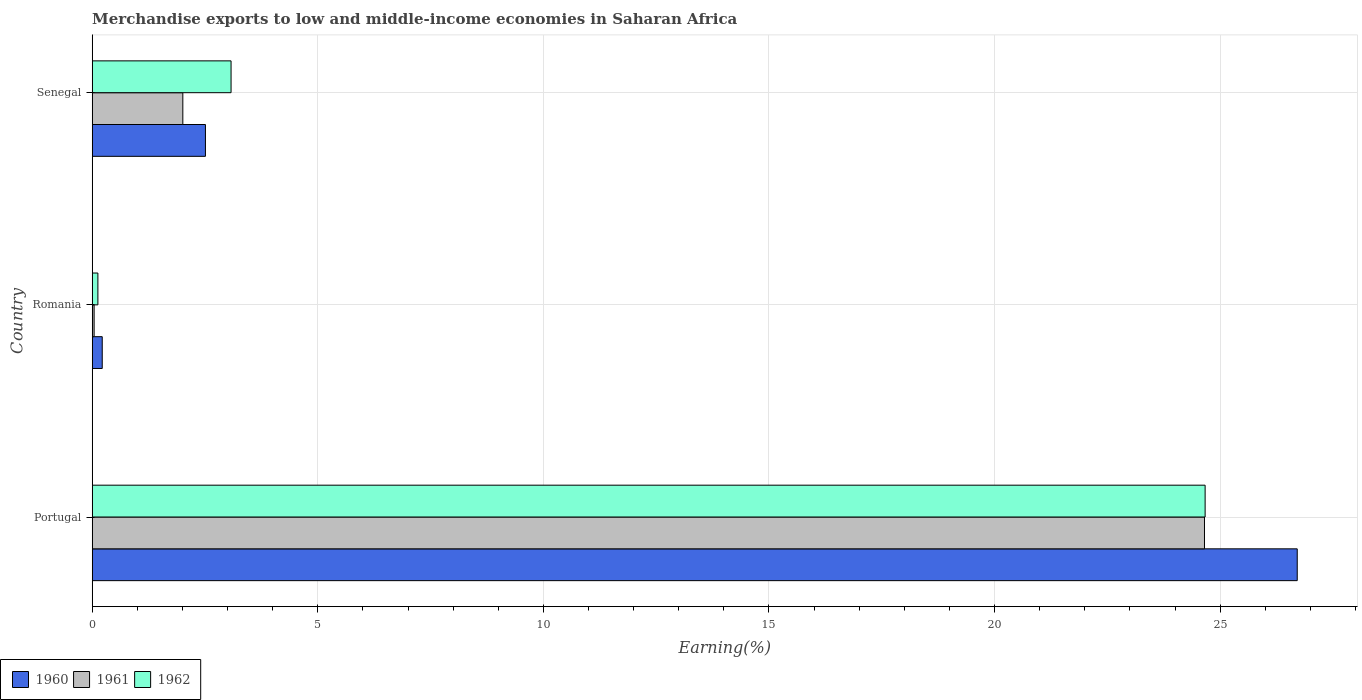
| Country | 1960 | 1961 | 1962 |
 | --- | --- | --- | --- |
 | Portugal | 26.7 | 24.7 | 24.7 |
 | Romania | 0.222 | 0.0419 | 0.125 |
 | Senegal | 2.51 | 2.01 | 3.08 |